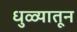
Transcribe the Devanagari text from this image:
धुळ्यातून